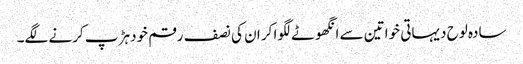
سادہ لوح دیہاتی خواتین سے انگھوٹے لگوا کر ان کی نصف رقم خود ہڑپ کرنے لگے۔